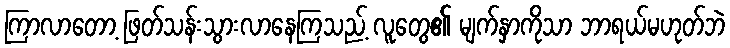
ကြာလာတော့ ဖြတ်သန်းသွားလာနေကြသည့် လူတွေ၏ မျက်နှာကိုသာ ဘာရယ်မဟုတ်ဘဲ